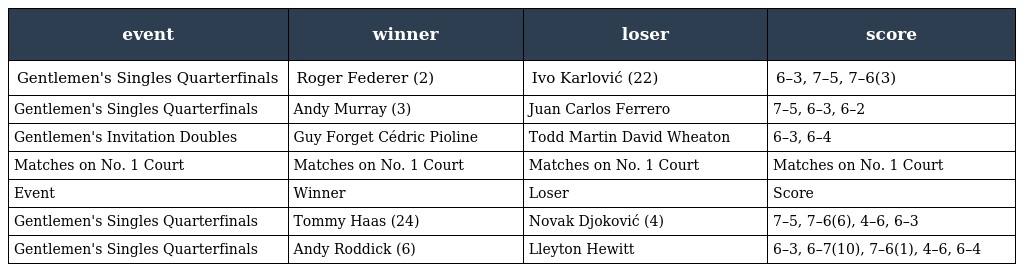
| event | winner | loser | score |
 | --- | --- | --- | --- |
 | Gentlemen's Singles Quarterfinals | Roger Federer (2) | Ivo Karlović (22) | 6–3, 7–5, 7–6(3) |
 | Gentlemen's Singles Quarterfinals | Andy Murray (3) | Juan Carlos Ferrero | 7–5, 6–3, 6–2 |
 | Gentlemen's Invitation Doubles | Guy Forget Cédric Pioline | Todd Martin David Wheaton | 6–3, 6–4 |
 | Matches on No. 1 Court | Matches on No. 1 Court | Matches on No. 1 Court | Matches on No. 1 Court |
 | Event | Winner | Loser | Score |
 | Gentlemen's Singles Quarterfinals | Tommy Haas (24) | Novak Djoković (4) | 7–5, 7–6(6), 4–6, 6–3 |
 | Gentlemen's Singles Quarterfinals | Andy Roddick (6) | Lleyton Hewitt | 6–3, 6–7(10), 7–6(1), 4–6, 6–4 |